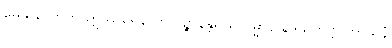
မေဃိယောတိ ဣဿရေနာတိ ပဉ္စာနန္တရိယကမ္မာနိ နိဒ္ဒိသိတဗ္ဗပ္ပကာသနံ